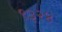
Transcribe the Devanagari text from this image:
९३२४